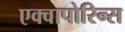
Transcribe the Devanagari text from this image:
एक्वापोरिन्स